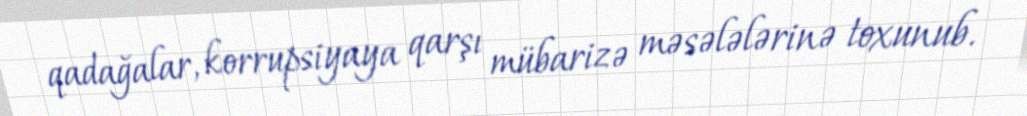
qadağalar, korrupsiyaya qarşı mübarizə məsələlərinə toxunub.